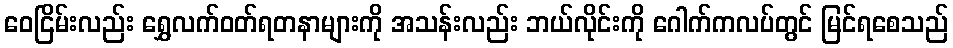
ဝေငြိမ်းလည်း ရွှေလက်ဝတ်ရတနာများကို အသန်းလည်း ဘယ်လိုင်းကို ဂေါက်ကလပ်တွင် မြင်ရစေသည်